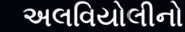
અલવિયોલીનો